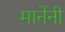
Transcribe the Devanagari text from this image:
मानेंनी